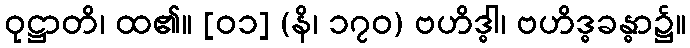
ဝုဋ္ဌာတိ၊ ထ၏။ [၀၁] (နိ၊ ၁၇၀) ဗဟိဒ္ဓါ၊ ဗဟိဒ္ဓခန္ဓာ၌။